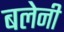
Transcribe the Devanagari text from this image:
बलेनी